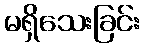
မရှိသေးခြင်း